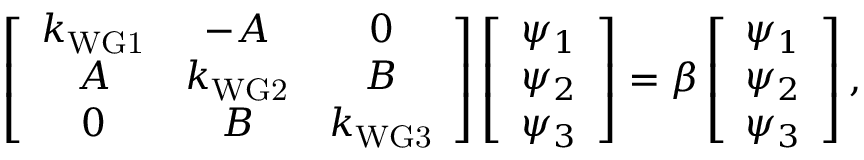
\left[ \begin{array} { c c c } { k _ { \mathrm { W G 1 } } } & { - A } & { 0 } \\ { A } & { k _ { \mathrm { W G 2 } } } & { B } \\ { 0 } & { B } & { k _ { \mathrm { W G 3 } } } \end{array} \right] \left[ \begin{array} { c c c } { \psi _ { 1 } } \\ { \psi _ { 2 } } \\ { \psi _ { 3 } } \end{array} \right] = \beta \left[ \begin{array} { c c c } { \psi _ { 1 } } \\ { \psi _ { 2 } } \\ { \psi _ { 3 } } \end{array} \right] ,